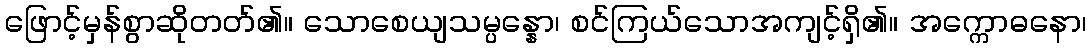
ဖြောင့်မှန်စွာဆိုတတ်၏။ သောစေယျသမ္ပန္နော၊ စင်ကြယ်သောအကျင့်ရှိ၏။ အက္ကောဓနော၊